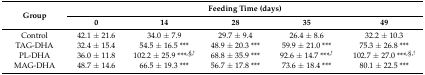
| <ROWSPAN=2> Group | <COLSPAN=5> Feeding Time (days) |
 | 0 | 14 | 28 | 35 | 49 |
 | --- | --- | --- | --- | --- | --- |
 | Control | 42.1 ± 21.6 | 34.0 ± 7.9 | 29.7 ± 9.4 | 26.4 ± 8.6 | 32.2 ± 10.3 |
 | TAG-DHA | 32.4 ± 15.4 | 54.5 ± 16.5 *** | 48.9 ± 20.3 *** | 59.9 ± 21.0 *** | 75.3 ± 26.8 *** |
 | PL-DHA | 36.0 ± 11.8 | 102.2 ± 25.9 ***,§,! | 68.8 ± 35.9 *** | 92.6 ± 14.7 ***,! | 102.7 ± 27.0 ***,§,! |
 | MAG-DHA | 48.7 ± 14.6 | 66.5 ± 19.3 *** | 56.7 ± 17.8 *** | 73.6 ± 18.4 *** | 80.1 ± 22.5 *** |